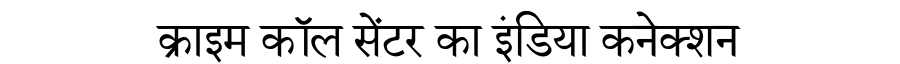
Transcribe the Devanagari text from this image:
क्राइम कॉल सेंटर का इंडिया कनेक्शन